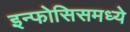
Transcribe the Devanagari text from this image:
इन्फोसिसमध्ये